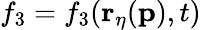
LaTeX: f_{3}=f_{3}(\mathbf{r}_{\eta}(\mathbf{p}),t)